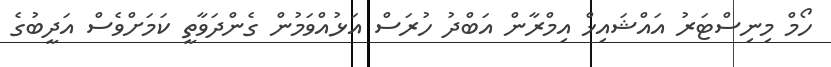
ހޯމް މިނިސްޓަރު އައްޝައިޚް އިމްރާން އަބްދު ހުރަސް އަޅުއްވަމުން ގެންދަވާތީ ކަމަށްވެސް އަދީބުގެ